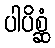
ပါပိစ္ဆံ